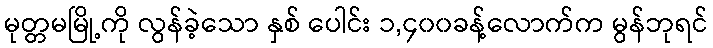
မုတ္တမမြို့ကို လွန်ခဲ့သော နှစ် ပေါင်း ၁,၄၀၀ခန့်လောက်က မွန်ဘုရင်